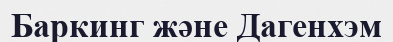
Баркинг және Дагенхэм